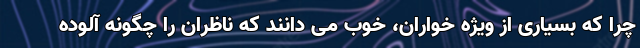
چرا که بسیاری از ویژه خواران، خوب می دانند که ناظران را چگونه آلوده